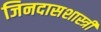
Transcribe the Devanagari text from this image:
जिनदासशास्त्री